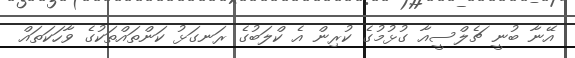
އޭނާ ބުނީ ޗެލްސީއާ ގުޅުމުގެ ކުރިން އެ ކްލަބުގެ ރަނގަޅު ކަންތައްތަކުގެ ވާހަކަތައް